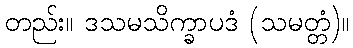
တည်း။ ဒသမသိက္ခာပဒံ (သမတ္တံ)။